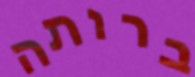
ברותה